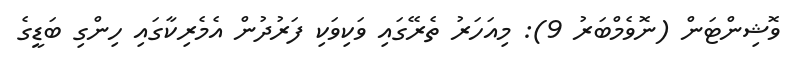
ވޮޝިންޓަން (ނޮވެމްބަރު 9): މިއަހަރު ތެރޭގައި ވަކިވަކި ފަރުދުން އެމެރިކާގައި ހިންގި ބަޑީގެ